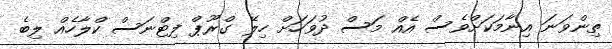
ތިންވަނަ އިނާމަކަށްވެސް އެއް މަސް ދުވަހަށް ހިލޭ ގްރޫޕް ފިޓްނަސް ކްލާހެއް ލިބެ